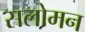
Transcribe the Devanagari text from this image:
सलोमन